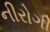
નીરોગી